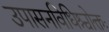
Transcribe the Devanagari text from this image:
उपासनविधिश्चोक्तः